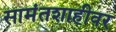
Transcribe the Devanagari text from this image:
सामंतशाहीवर